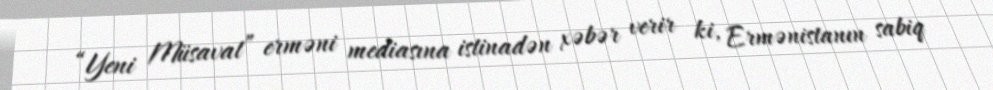
“Yeni Müsavat” erməni mediasına istinadən xəbər verir ki, Ermənistanın sabiq